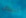
أتسأل